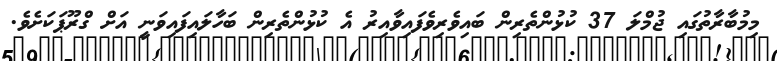
މިމުބާރާތުގައި ޖުމްލަ 37 ކުޅުންތެރިން ބައިވެރިވެފައިވާއިރު އެ ކުޅުންތެރިން ބަހާލައިފައިވަނީ އަށް ގްރޫޕަކަށެވެ.